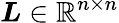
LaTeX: \boldsymbol{L}\in\mathbb{R}^{n\times n}